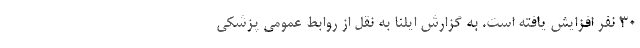
۳۰ نفر افزایش یافته است. به گزارش ایلنا به نقل از روابط عمومی پزشکی